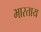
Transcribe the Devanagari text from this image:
भारताय